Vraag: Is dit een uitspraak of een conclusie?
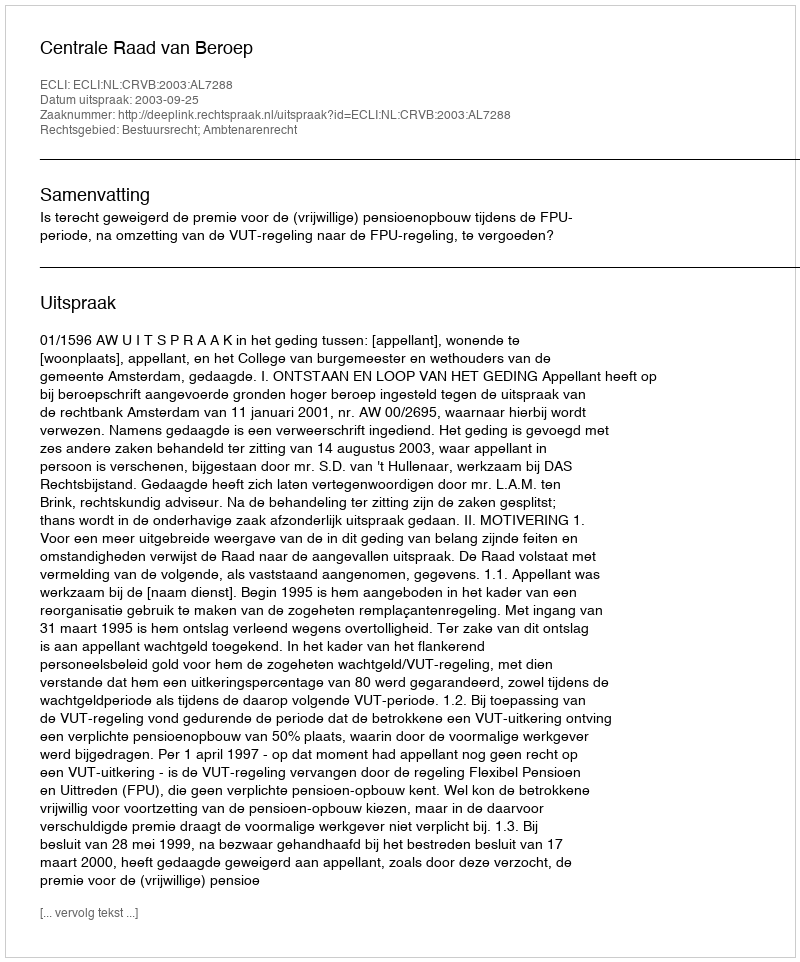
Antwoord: Uitspraak